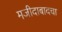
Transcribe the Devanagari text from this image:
मजीदाबादचा